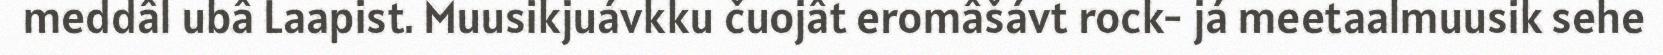
meddâl ubâ Laapist. Muusikjuávkku čuojât eromâšávt rock- já meetaalmuusik sehe